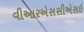
વીઆરએસસીએસઇ